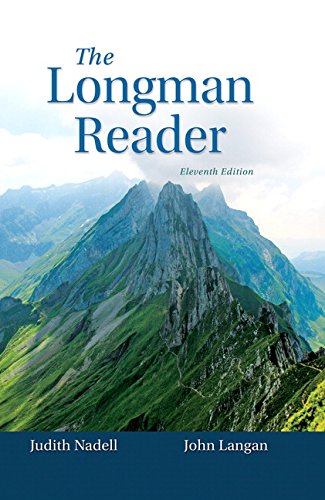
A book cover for The Longman Reader (11th Edition); Judith Nadell; Reference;